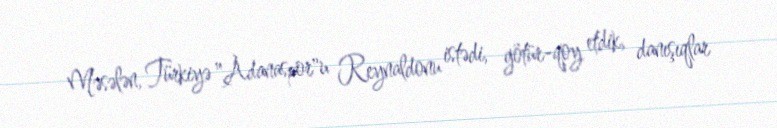
Məsələn, Türkiyə "Adanaspor"u Reynaldonu istədi, götür-qoy etdik, danışıqlar